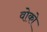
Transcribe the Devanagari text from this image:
वोको